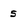
Character: 5